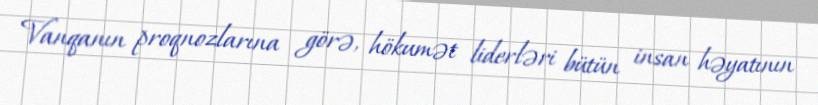
Vanqanın proqnozlarına görə, hökumət liderləri bütün insan həyatının